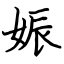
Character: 娠